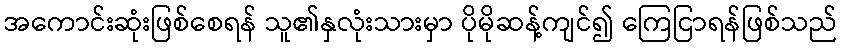
အကောင်းဆုံးဖြစ်စေရန် သူ၏နှလုံးသားမှာ ပိုမိုဆန့်ကျင်၍ ကြေငြာရန်ဖြစ်သည်